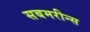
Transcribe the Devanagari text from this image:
सबमरीन्स